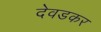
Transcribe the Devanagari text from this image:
देवडकर